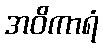
အဝိကာရံ